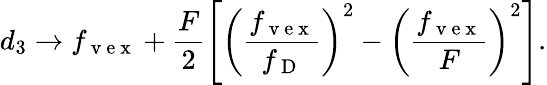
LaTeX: d_{3}\rightarrow f_{\mathrm{~v~e~x~}}+\frac{F}{2}\left[\left(\frac{f_{\mathrm{~v~e~x~}}}{f_{\mathrm{~D~}}}\right)^{2}-\left(\frac{f_{\mathrm{~v~e~x~}}}{F}\right)^{2}\right].